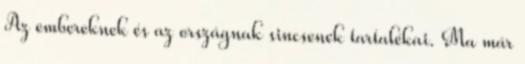
Az embereknek és az országnak sincsenek tartalékai. Ma már